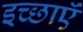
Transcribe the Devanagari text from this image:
इच्छाऍं